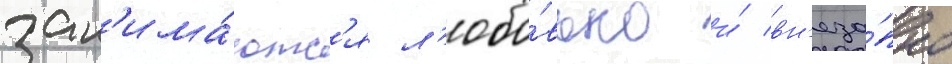
зан'има́ютс'я л'юбо́вью и́ вн'еза́пно